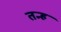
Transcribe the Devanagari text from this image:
तन्ह